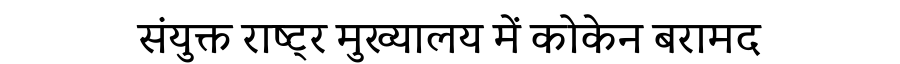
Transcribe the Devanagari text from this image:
संयुक्त राष्ट्र मुख्यालय में कोकेन बरामद